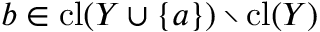
b \in \operatorname { c l } ( Y \cup \{ a \} ) \setminus \operatorname { c l } ( Y )